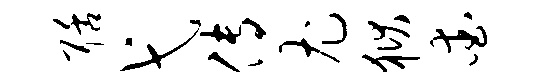
聒弋传尤狱爱